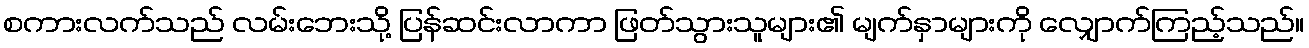
စကားလက်သည် လမ်းဘေးသို့ ပြန်ဆင်းလာကာ ဖြတ်သွားသူများ၏ မျက်နှာများကို လျှောက်ကြည့်သည်။